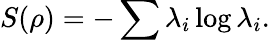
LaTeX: S(\rho)=-\sum\lambda_{i}\log\lambda_{i}.